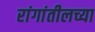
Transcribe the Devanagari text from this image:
रांगांतीलच्या